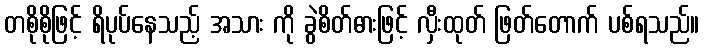
တစိုစိုဖြင့် ရိပုပ်နေသည့် အသား ကို ခွဲစိတ်ဓားဖြင့် လှီးထုတ် ဖြတ်တောက် ပစ်ရသည်။